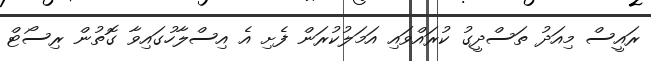
ރައީސް މިއަދު ތަސްދީގު ކުރައްވައި އަމަލުކުރަން ފެށި އެ އިސްލާހުގައިވާ ގޮތުން ރިސޯޓް